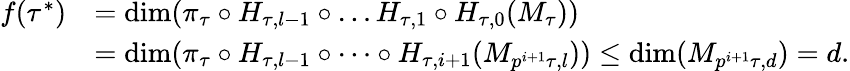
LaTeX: \begin{array}{rl}{f(\tau^{*})}&{=\dim(\pi_{\tau}\circ H_{\tau,l-1}\circ\dots H_{\tau,1}\circ H_{\tau,0}(M_{\tau}))}\\ &{=\dim(\pi_{\tau}\circ H_{\tau,l-1}\circ\dots\circ H_{\tau,i+1}(M_{p^{i+1}\tau,l}))\leq\dim(M_{p^{i+1}\tau,d})=d.}\end{array}